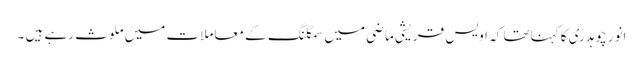
انور چوہدری کا کہناتھا کہ اویس قریشی ماضی میں سمگلنگ کے معاملات میں ملوث رہے ہیں ۔